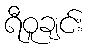
ရီဝူချင်း